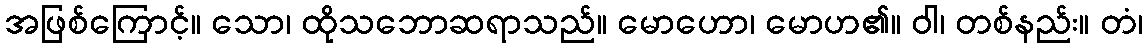
အဖြစ်ကြောင့်။ သော၊ ထိုသဘောဆရာသည်။ မောဟော၊ မောဟ၏။ ဝါ၊ တစ်နည်း။ တံ၊